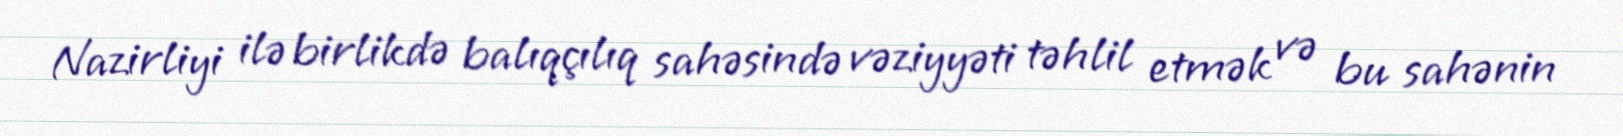
Nazirliyi ilə birlikdə balıqçılıq sahəsində vəziyyəti təhlil etmək və bu sahənin